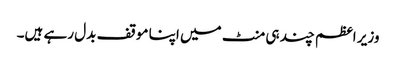
وزیر اعظم چند ہی منٹ میں اپنا موقف بدل رہے ہیں۔